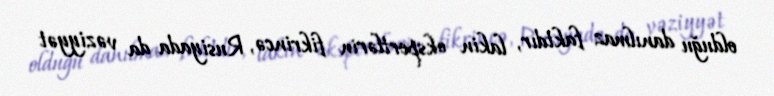
olduğu danılmaz faktdır, lakin ekspertlərin fikrincə, Rusiyada da vəziyyət